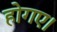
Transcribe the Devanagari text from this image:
होगए।